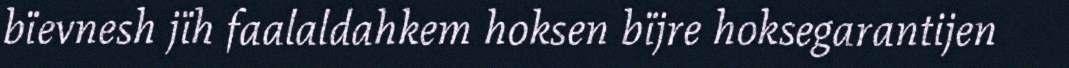
bïevnesh jïh faalaldahkem hoksen bïjre hoksegarantijen